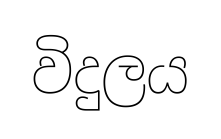
විදුලය